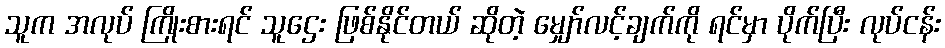
သူက အလုပ် ကြိုးစားရင် သူဌေး ဖြစ်နိုင်တယ် ဆိုတဲ့ မျှော်လင့်ချက်ကို ရင်မှာ ပိုက်ပြီး လုပ်ငန်း